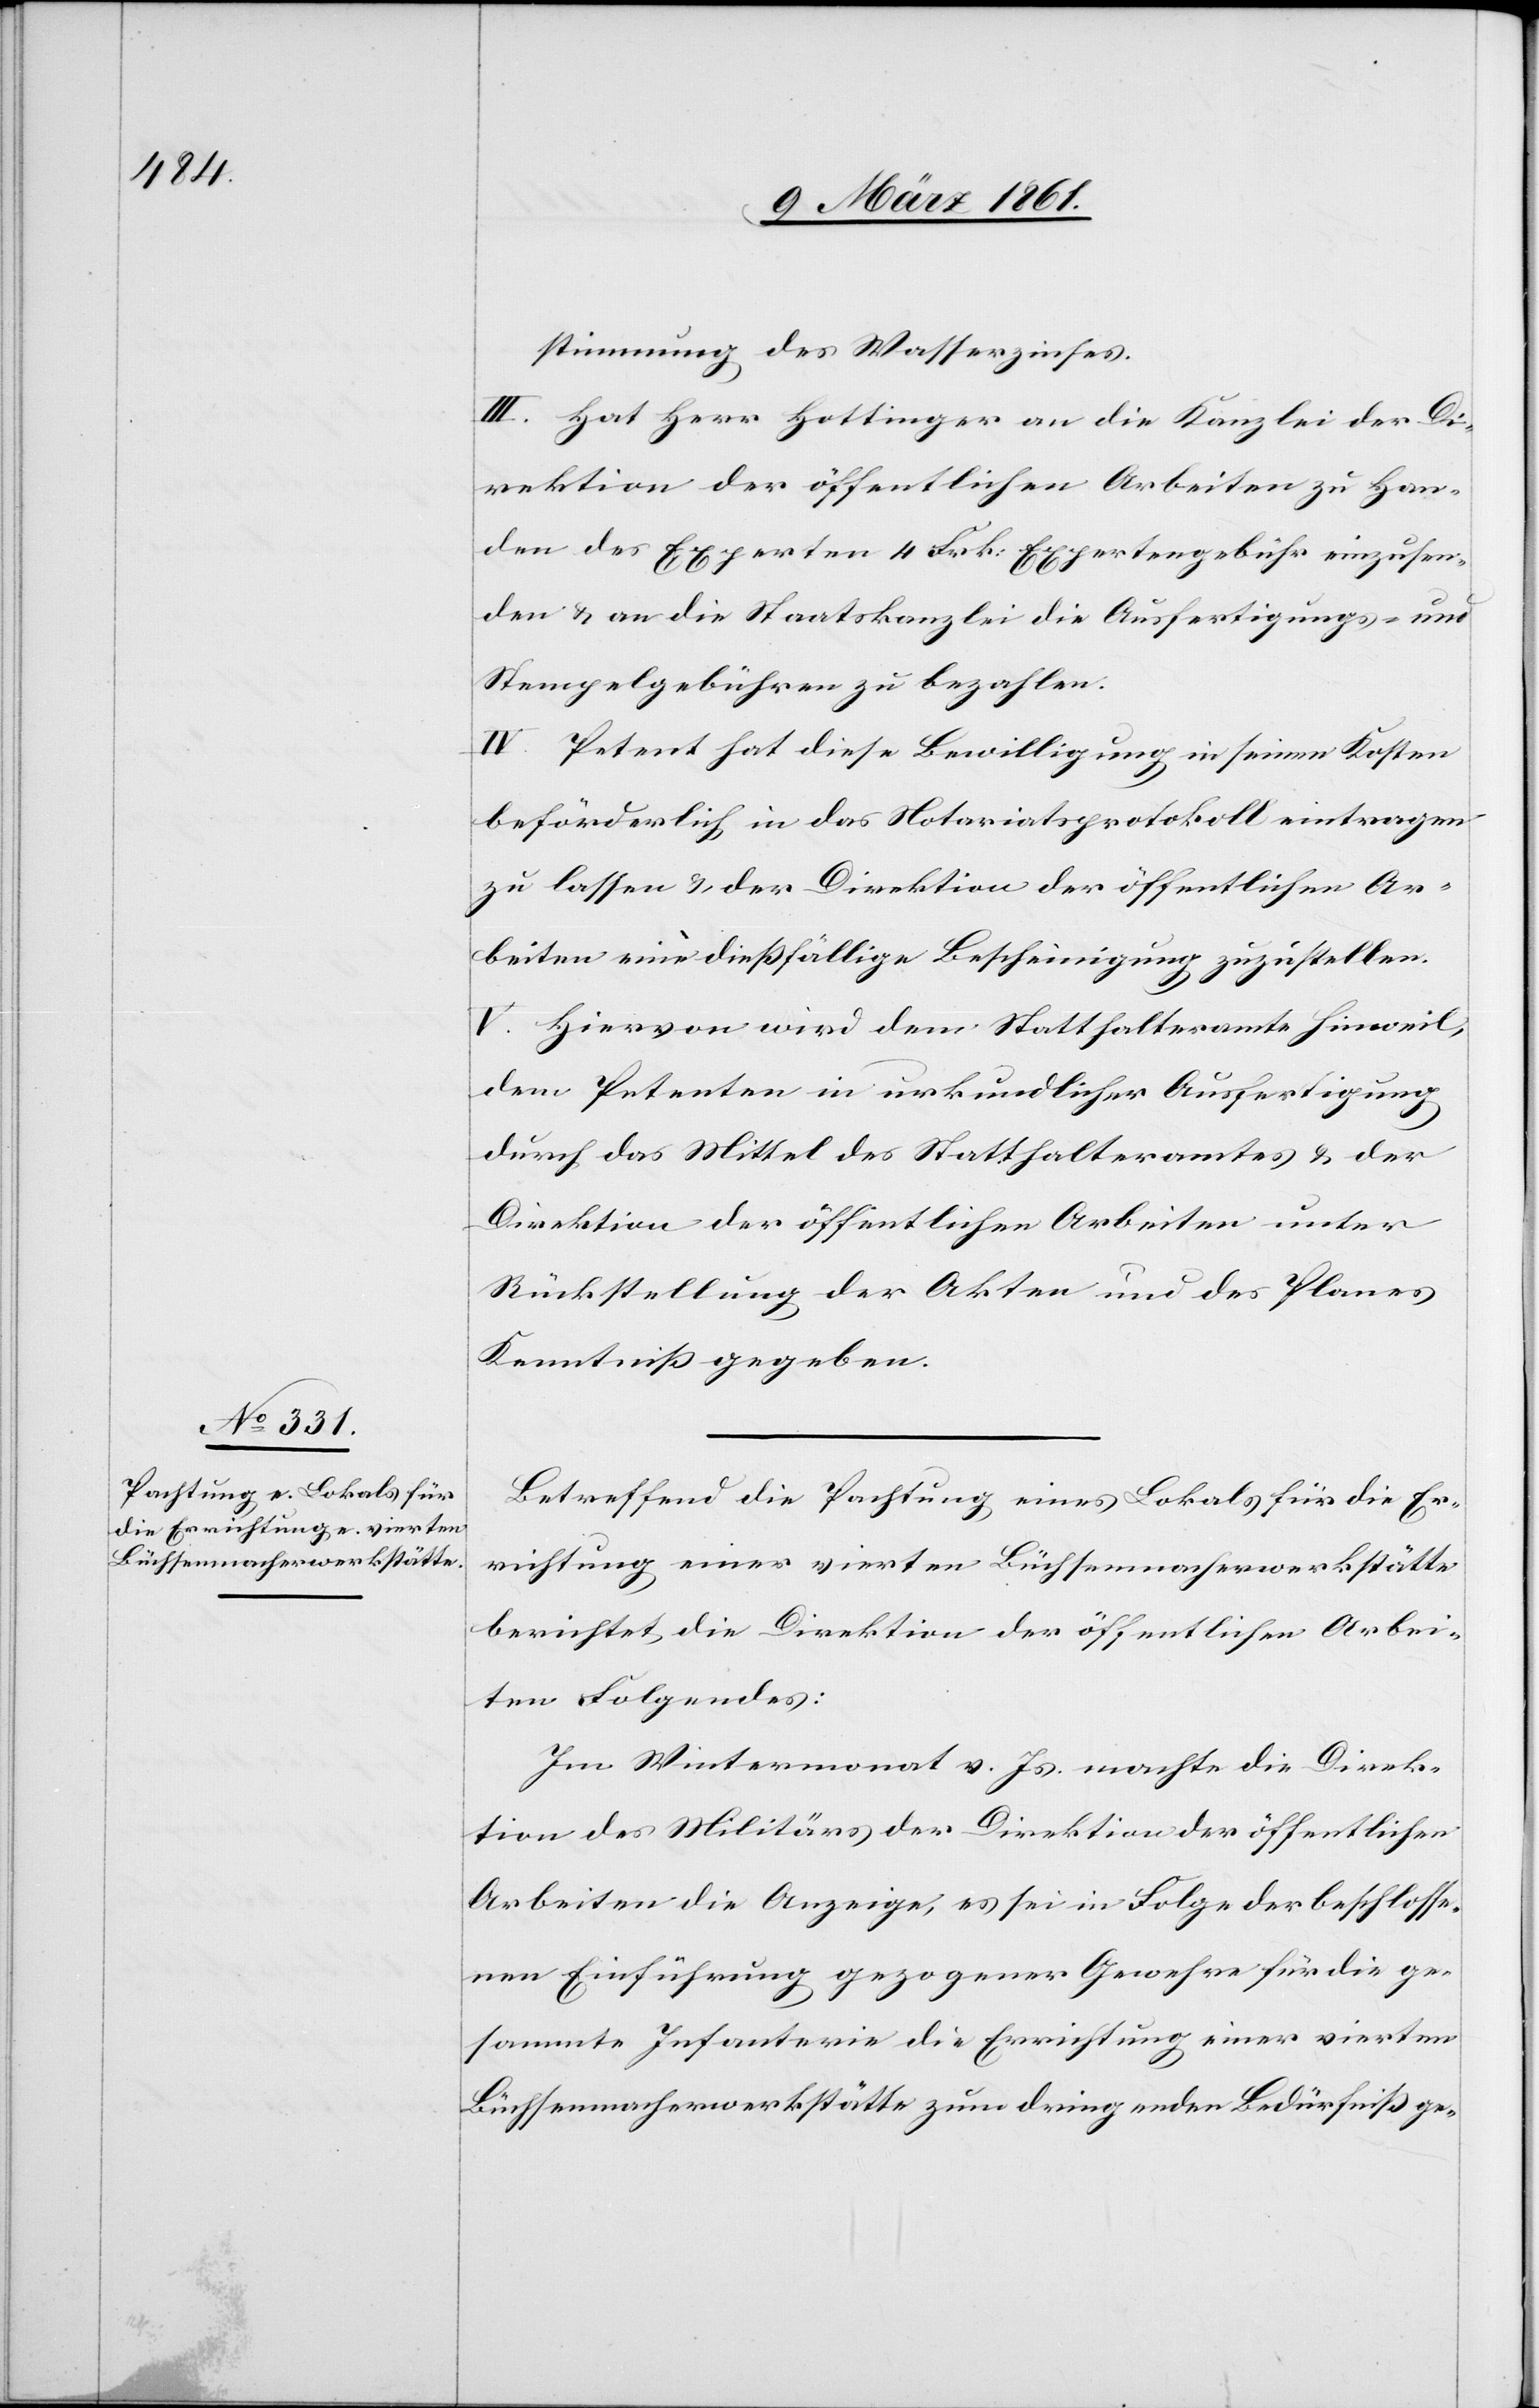
stimmung des Wasserzinses.
III. Hat Herr Hottinger an die Kanzlei der Di¬
rektion der öffentlichen Arbeiten zu Han¬
den des Experten 4 Frk: Expertengebühr einzusen¬
den u. an die Staatskanzlei die Ausfertigungs- und
Stempelgebühren zu bezahlen.
IV. Petent hat diese Bewilligung in seinen Kosten
beförderlich in das Notariatsprotokoll eintragen
zu lassen u. der Direktion der öffentlichen Ar¬
beiten eine diessfällige Bescheinigung zuzustellen.
V. Hiervon wird dem Statthalteramte Hinweil,
dem Petenten in urkundlicher Ausfertigung
durch das Mittel des Statthalteramtes u. der
Direktion der öffentlichen Arbeiten unter
Rückstellung der Akten und des Planes
Kenntniss gegeben.
Betreffend die Pachtung eines Lokals für die Er¬
richtung einer vierten Büchsenmacherwerkstätte
berichtet die Direktion der öffentlichen Arbei¬
ten Folgendes:
Im Wintermonat v. Js. machte die Direk¬
tion des Militärs der Direktion der öffentlichen
Arbeiten die Anzeige, es sei in Folge der beschlosse¬
nen Einführung gezogener Gewehre für die ge¬
sammte Infanterie die Errichtung einer vierten
Büchsenmacherwerkstätte zum dringenden Bedürfniss ge-